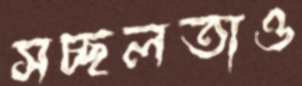
সচ্ছলতাও